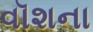
વૉશના